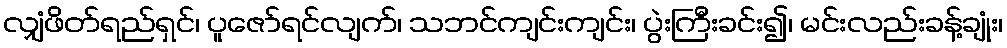
လျှံဖိတ်ရည်ရှင်၊ ပူဇော်ရင်လျက်၊ သဘင်ကျင်းကျင်း၊ ပွဲးကြီးခင်း၍၊ မင်းလည်းခန့်ချုံး၊